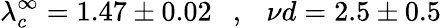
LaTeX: \lambda_{c}^{\infty}=1.47\pm 0.02\ \ \ ,\ \ \ {{\nu}d}=2.5\pm 0.5